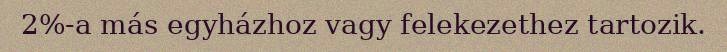
2%-a más egyházhoz vagy felekezethez tartozik.